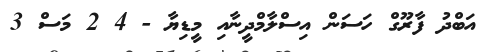
އަބްދު ފާރޫގް ހަސަން އިސްލާމްދީނާއި މީޑިޔާ - 4 2 މަސް 3